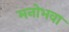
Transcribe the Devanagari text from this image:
मनोभवा